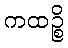
ကထဉ္စိ